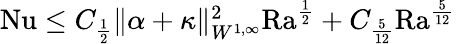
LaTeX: \begin{array}{r}{\mathrm{{Nu}}\leq C_{\frac{1}{2}}\| \alpha+\kappa\| _{W^{1,\infty}}^{2}\mathrm{{Ra}}^{\frac{1}{2}}+C_{\frac{5}{12}}\mathrm{{Ra}}^{\frac{5}{12}}}\end{array}